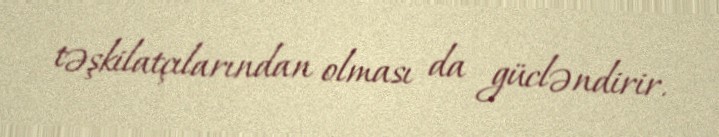
təşkilatçılarından olması da gücləndirir.